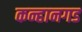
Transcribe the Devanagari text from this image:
कन्हानगड